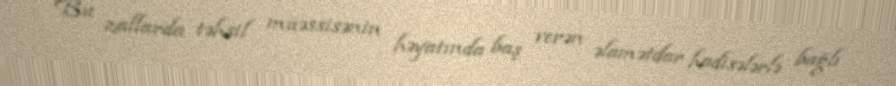
Bu zallarda təhsil müəssisənin həyatında baş verən əlamətdar hadisələrlə bağlı